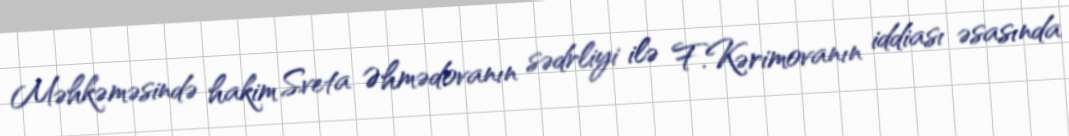
Məhkəməsində hakim Sveta Əhmədovanın sədrliyi ilə F.Kərimovanın iddiası əsasında